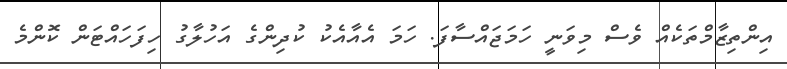
އިންތިޒާމްތަކެއް ވެސް މިވަނީ ހަމަޖައްސާފަ. ހަމަ އެއާއެކު ކުދިންގެ އަހުލާގު ހިފަހައްޓަން ކޮންމެ